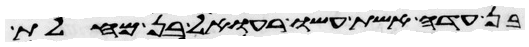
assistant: בן עדה אשת עשו רעואל בן מחלת